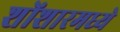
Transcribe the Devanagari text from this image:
शोंशारमध्ये